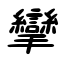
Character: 攣